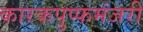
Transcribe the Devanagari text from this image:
कारकपुप्फमंजरी